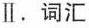
Ⅱ.词汇